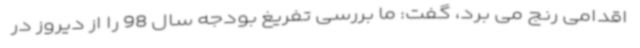
اقدامی رنج می برد، گفت: ما بررسی تفریغ بودجه سال 98 را از دیروز در